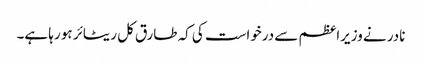
نادر نے وزیراعظم سے درخواست کی کہ طارق کل ریٹائر ہو رہا ہے۔